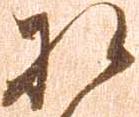
相